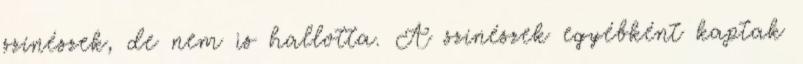
színészek, de nem is hallotta. A színészek egyébként kaptak